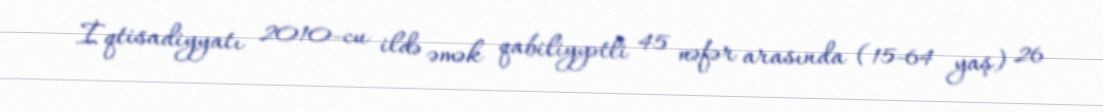
İqtisadiyyatı 2010-cu ildə əmək qabiliyyətli 45 nəfər arasında (15-64 yaş) 26